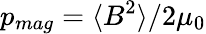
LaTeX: p_{mag}=\langle B^{2}\rangle/2\mu_{0}